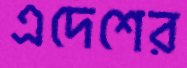
এদেশের